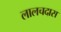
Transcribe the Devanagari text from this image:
लालचदास